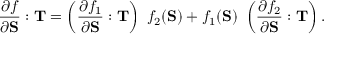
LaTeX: { \frac { \partial f } { \partial \mathbf { S } } } : \mathbf { T } = \left( { \frac { \partial f _ { 1 } } { \partial \mathbf { S } } } : \mathbf { T } \right) ~ f _ { 2 } ( \mathbf { S } ) + f _ { 1 } ( \mathbf { S } ) ~ \left( { \frac { \partial f _ { 2 } } { \partial \mathbf { S } } } : \mathbf { T } \right) .